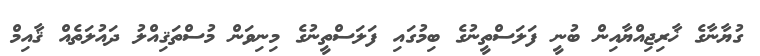
ގުޔާނާގެ ޚާރިޖިއްޔާއިން ބުނީ ފަލަސްތީނުގެ ބިމުގައި ފަލަސްތީނުގެ މިނިވަން މުސްތަޤިއްލު ދައުލަތެއް ޤާއިމް